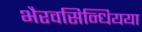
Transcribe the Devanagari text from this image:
भैरवसिन्धियया